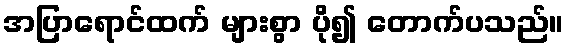
အပြာရောင်ထက် များစွာ ပို၍ တောက်ပသည်။